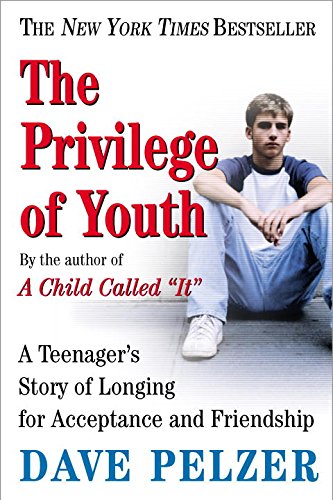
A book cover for The Privilege of Youth: A Teenager's Story; Dave Pelzer; Self-Help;